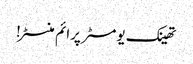
تھینک یومسٹر پرائم منسٹر!